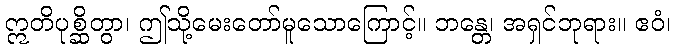
ဣတိပုစ္ဆိတွာ၊ ဤသို့မေးတော်မူသောကြောင့်။ ဘန္တေ၊ အရှင်ဘုရား။ ဧဝံ၊